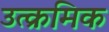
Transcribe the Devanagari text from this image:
उत्क्रमिक